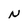
Character: N